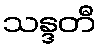
သန္ဒတီ